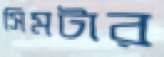
সিমটার